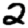
Digit: 2